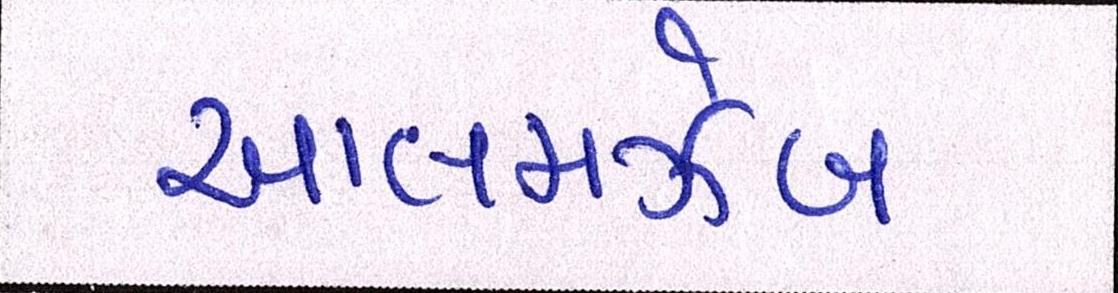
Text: આલમઝેબ